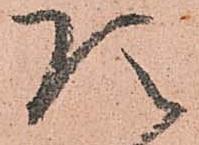
頂